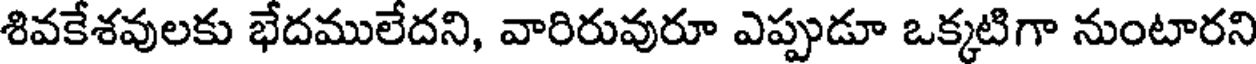
శివకేశవులకు భేదములేదని, వారిరువురూ ఎప్పుడూ ఒక్కటిగా నుంటారని